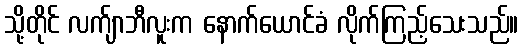
သို့တိုင် လက်ျာဘီလူးက နောက်ယောင်ခံ လိုက်ကြည့်သေးသည်။